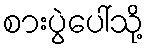
စားပွဲပေါ်သို့